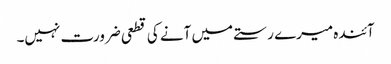
آئندہ میرے رستے میں آنے کی قطعی ضرورت نہیں۔